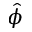
\hat { \phi }